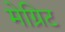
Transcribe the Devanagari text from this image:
मेग्रिट